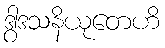
ဒွါဒသနိယုတေဟိ